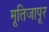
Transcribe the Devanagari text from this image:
मूतिजापूर